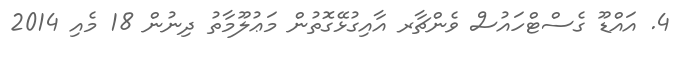
4. އައްޑޫ ގެސްޓްހައުސް ވެންޗާރ އާއިގުޅޭގޮތުން މަޢުލޫމާތު ދިނުން 18 މެއި 2014